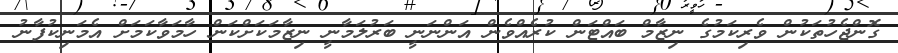
ގޮންޖެހުތަކުން ވެރިކަމުގެ ނިޒާމް ބައްޓަން ކުރެއްވެން އަންނަނީ ބަރުލަމާނީ ނިޒާމަކަށްކަން ހާމަވާކަމަށް އެމަނިކުފާނު